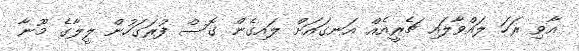
އާވި ރަހަ ލައްވާލައި ޗެރީއެއް އަނގައަށް ލައިގެން ގޮސް ފުރަގަހުން ލީލާގެ މޫނާ